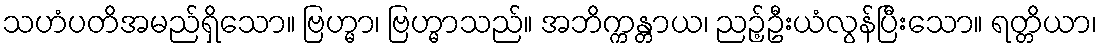
သဟံပတိအမည်ရှိသော။ ဗြဟ္မာ၊ ဗြဟ္မာသည်။ အဘိက္ကန္တာယ၊ ညဉ့်ဦးယံလွန်ပြီးသော။ ရတ္တိယာ၊